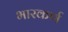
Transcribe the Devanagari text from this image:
भारकर्ण